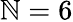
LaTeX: \mathbb{N}=6